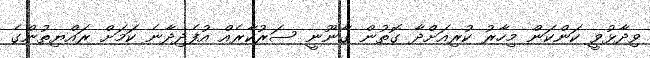
ވިދާޅުވީ ކަންކަން މިހާރު ކުރިއަށްދާ ގޮތުން ގާނޫނީ ސަރުކާރެއް އުފެދިދާނެ ކަމަށް ރައްޔިތުންގެ